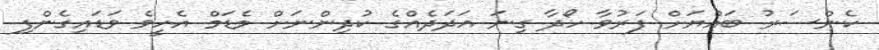
ކެންސަރު ބައްޔަށް ފަރުވާ ހޯދާ ގިނަ އަދަދެއްގެ ކުދިންނަށް މެޑަމް އެހީވެ ވަޑައިގެންފި